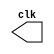
// --------------------------- 
// -- test clock generator (1/2) 
// -- JOS F. R. FONSECA - 405808 
// --------------------------- 
 
module clock ( clk ); 
 output clk; 
 reg      clk; 
 initial 
  begin 
   clk = 1'b0; 
  end 
 
 always 
  begin 
   #24 clk = ~clk; 
  end 
 
endmodule // clock ( ) 
 
module Exemplo0044 (signal, clock); 
 
 input  clock; 
 output signal; 
 reg      signal; 
 wire  clk; 
 clock CLK1 ( clk ); 

 always @ ( clock ) 
  begin 
  
  $dumpfile ( "Exemplo044.vcd");
  $dumpvars;
  
      signal = 1'b1; 
  #6  signal = 1'b0; 
  #6  signal = 1'b1; 
  #6  signal = 1'b0; 
 
  #120 $finish; 
 end 
 
endmodule // Exemplo044 ( )